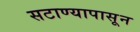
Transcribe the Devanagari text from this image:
सटाण्यापासून